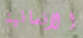
الانسانية